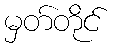
မှတ်တိုင်